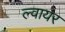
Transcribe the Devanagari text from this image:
ल्वायर